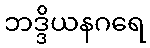
ဘဒ္ဒိယနဂရေ